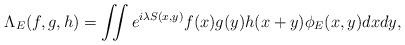
LaTeX: \begin{align*} \Lambda_E(f,g,h) =\iint e^{i\lambda S(x,y)}f(x)g(y)h(x+y)\phi_E(x,y) dxdy,\end{align*}